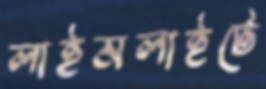
লাইমলাইটে